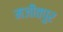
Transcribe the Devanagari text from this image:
मजीवपुर